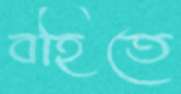
বহিতে